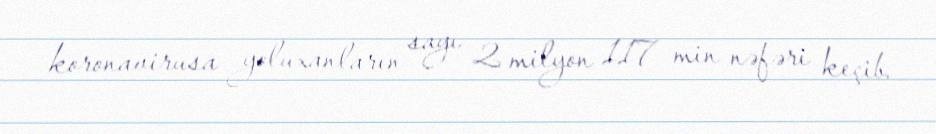
koronavirusa yoluxanların sayı 2 milyon 117 min nəfəri keçib.